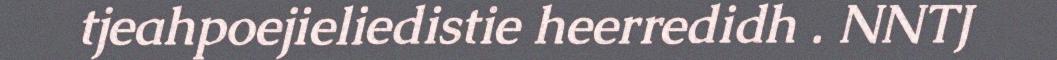
tjeahpoejieliedistie heerredidh . NNTJ